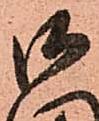
御